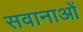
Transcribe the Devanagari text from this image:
सवानाओं